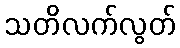
သတိလက်လွတ်